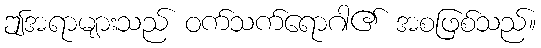
ဤအရာများသည် ဝက်သက်ရောဂါ၏ အစဖြစ်သည်။